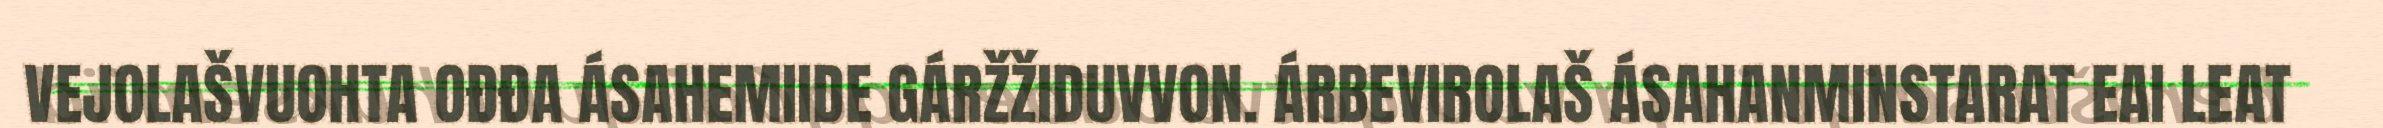
VEJOLAŠVUOHTA OĐĐA ÁSAHEMIIDE GÁRŽŽIDUVVON. ÁRBEVIROLAŠ ÁSAHANMINSTARAT EAI LEAT